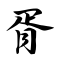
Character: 胥